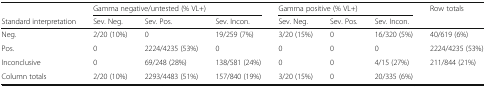
|  | <COLSPAN=3> Gamma negative/untested (% VL+) | <COLSPAN=3> Gamma positive (% VL+) | Row totals |
 | Standard interpretation | Sev. Neg. | Sev. Pos. | Sev. Incon. | Sev. Neg. | Sev. Pos. | Sev. Incon. |  |
 | --- | --- | --- | --- | --- | --- | --- | --- |
 | Neg. | 2/20 (10%) | 0 | 19/259 (7%) | 3/20 (15%) | 0 | 16/320 (5%) | 40/619 (6%) |
 | Pos. | 0 | 2224/4235 (53%) | 0 | 0 | 0 | 0 | 2224/4235 (53%) |
 | Inconclusive | 0 | 69/248 (28%) | 138/581 (24%) | 0 | 0 | 4/15 (27%) | 211/844 (21%) |
 | Column totals | 2/20 (10%) | 2293/4483 (51%) | 157/840 (19%) | 3/20 (15%) | 0 | 20/335 (6%) |  |